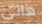
هانى